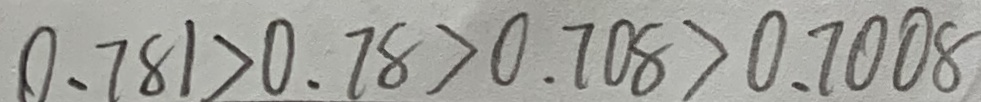
0 . 7 8 1 > 0 . 7 8 > 0 . 7 0 8 > 0 . 7 0 0 8